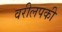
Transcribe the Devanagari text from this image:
वरीलपकी